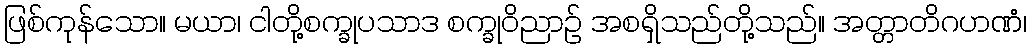
ဖြစ်ကုန်သော။ မယာ၊ ငါတို့စက္ခုပသာဒ စက္ခုဝိညာဉ် အစရှိသည်တို့သည်။ အတ္တာတိဂဟဏံ၊